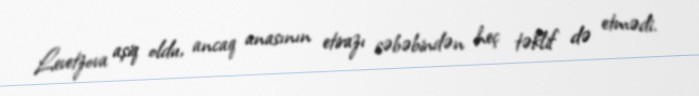
Levetzova aşiq oldu, ancaq anasının etirazı səbəbindən heç təklif də etmədi.